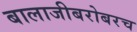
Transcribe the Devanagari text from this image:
बालाजीबरोबरच